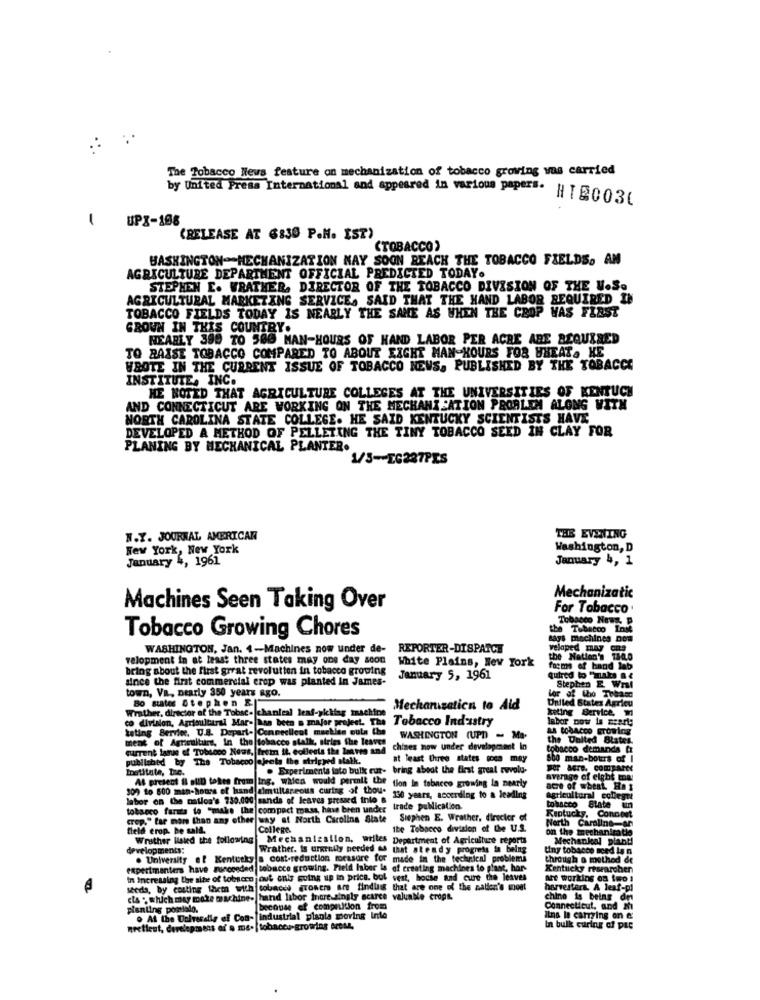
The Tobacco News feature on mechanization of tobacco growing was carried
by United Press International and appeared in various papers.
HTE0036
1
UPX-108
(RELEASE AT 6:30 P.M. IST)
(TOBACCO)
WASHINGTON-MECHANIZATION MAY SOON REACH THE TOBACCO FIELDS. AN
AGRICULTURE DEPARTMENT OFFICIAL PREDICTED TODAY.
STEPHEN E. WRATHER, DIRECTOR OF THE TOBACCO DIVISION OF THE U.S.
AGRICULTURAL MARKETING SERVICE. SAID THAT THE HAND LABOR REQUIRED IN
TOBACCO FIELDS TODAY IS NEARLY THE SAME AS WHEN THE CROP WAS FIRST
GROWN IN THIS COUNTRY.
NEARLY 399 TO 580 MAN-HOURS OF HAND LABOR PER ACRE ABE REQUIRED
TO RAISE TOBACCO COMPARED TO ABOUT EXGHT MAN-HOURS FOR WHEAT. KE
WROTE IN THE CURRENT ISSUE OF TOBACCO NEWS. PUBLISHED BY THE TOBACCO
INSTITUTE, INC.
HE NOTED THAT AGRICULTURE COLLEGES AT THE UNIVERSITIES OF KENTUCH
AND CONNECTICUT ARE WORKING ON THE MECHANI ATION PROBLEM ALONG WITH
NORTH CAROLINA STATE COLLEGE. HE SAID KENTUCKY SCIENTISTS HAVE
DEVELOPED A METHOD OF PELLETING THE TINY TOBACCO SEED IN CLAY FOR
PLANING BY MECHANICAL PLANTER.
1/3 -- EG227PES
N.Y. JOURNAL AMERICAN
THE EVENING
New York, New York
Washington, D
January 4, 1961
January 4, 1
Mechanizatic
Machines Seen Taking Over
For Tobacco
Tobacco Nowy p
the Tobacco Inst
Tobacco Growing Chores
says machines Dom
WASHINGTON, Jan. 4-Machines now under de-
REPORTER-DISPATCH
veloped may ons
velopment in at least three states may one day soon
the Nation's 134.0
bring about the first great revolution in tobacco growing
White Plains, New York
forms of hand lab
since the first commercial erop was planted In James-
January 5, 1961
quired to "aula .e
Lor of tho Tobasc
Stephen E Wral
town, Va, Dearly 350 years ago.
80 states Stephen &|
United States Agricu
Wrather, director of the Tobsc- chanleal leaf-yiking machine
Mechanisatica to Ald
keting Service,
co division, Agricultural Mar- has been a major project. The
Tobacco Industry
labor now is meert:
tating Berrier. U.S. Depart- Cenneclient machies outs the
LA CobACCO Growing
ment of Agriculture, In the tobacco stalk, stries the leaves
WASHINGTON (UPD - Ma-
the United Blates.
current late of Tobacco News, frem it, collects the leaves and
chines now under development In
tobacco demands fr
published by The Tobaccolajects the strighed stalk.
at least three states oca may
6ho man-bours of I
Institute, The.
. Experiments tato bulk eut- bring about the first great revolu-
average of eight toa
300 to 500 man-hours of hand simultaneous curing of thou-
At present & sull totes from Ing, wales would permit the tion in tobacco growing la nearly
flon in tobacco growing la nearly
acre of wheat. Has
labor on the nation's 730.000 sands of leaves pressed inie &
130 years, according to a leading
agricultural collegue
tobacco farms to "make the compact mass, have been under
trade publication.
Kentucky, Conneet
tobacco State un
crop." far more than any other way at North Carolina State
Siephen E. Wrather, director of
North Carolina-or
field erop. pe salt.
College
Ibe Tobacco division of the U.S.
on the mechanirats
Whither Baked the following
Mechanization, writes Department of Agriculture reports
Mechankal pianti
developments:
Wrather. Is urgently perded &d that atendy progress in being
tiny tobacco need la n
. University of Kentucky a cost-reduction morasore for made in the technical problems
through a method de
experimenters have Funcceded tobacco growing. Field Iber is of creating machines to plast, har-
Kentucky researober
In Increasing the site of tobscen jout onis going up in price. bol vest, hocse and cure the leaves
att working on two :
seeda, by costing them with tobacel growers are findus that are one of the nation's most
harvesters. A leaf-pl
cis . which may make machine- hand labor more ingly scarce valuable crops.
chino is being det
planting pomviado.
because of competition from
Connecticut, and #1
o At the DolTessile ei Con- industrial planta moving Into
Inn In carrying on e:
mecticut, development of's me. |tobaceu-growing ArCAL,
In bulk curing of pac